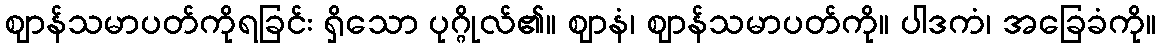
ဈာန်သမာပတ်ကိုရခြင်း ရှိသော ပုဂ္ဂိုလ်၏။ ဈာနံ၊ ဈာန်သမာပတ်ကို။ ပါဒကံ၊ အခြေခံကို။